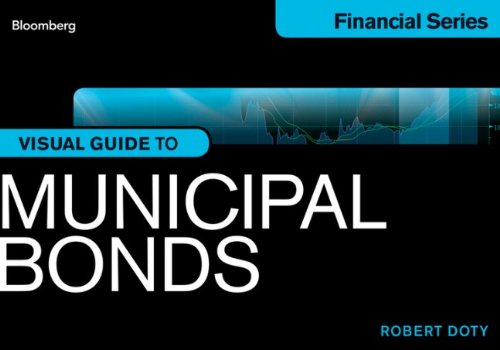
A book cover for Bloomberg Visual Guide to Municipal Bonds; Robert Doty; Business & Money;